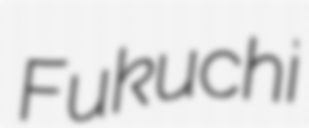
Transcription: Fukuchi